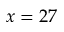
x = 2 7